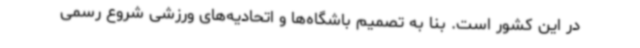
در این کشور است. بنا به تصمیم باشگاه‌ها و اتحادیه‌های ورزشی شروع رسمی